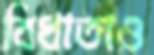
বিধাতাও